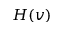
H ( v )